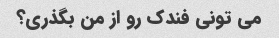
می تونی فندک رو از من بگذری؟